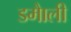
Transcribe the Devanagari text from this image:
डमाैली